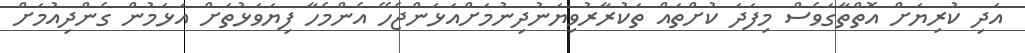
އަދި ކުރިޔަށް އޮތްތާގަވެސް މިފަދަ ކުށްތައް ތަކުރާރުވިޔަނުދިނުމަށްއަޅަންޖެހޭ އެންމެހާ ފިޔަވަޅުތަށް އަޅަމުން ގެންދިއުމަށް